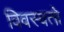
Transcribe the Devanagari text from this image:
विवस्वतो